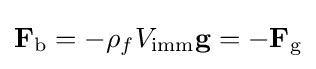
\mathbf {F} _{\mathrm {b} }=-\rho _{f}V_{\mathrm {imm} }\mathbf {g} =-\mathbf {F} _{\mathrm {g} }\,\!